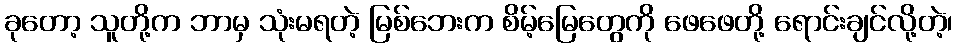
ခုတော့ သူတို့က ဘာမှ သုံးမရတဲ့ မြစ်ဘေးက စိမ့်မြေတွေကို ဖေဖေတို့ ရောင်းချင်လို့တဲ့၊